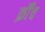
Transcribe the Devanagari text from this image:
क्रौँच